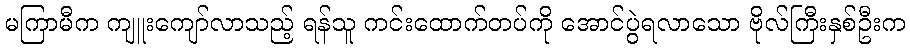
မကြာမီက ကျူးကျော်လာသည့် ရန်သူ ကင်းထောက်တပ်ကို အောင်ပွဲရလာသော ဗိုလ်ကြီးနှစ်ဦးက